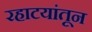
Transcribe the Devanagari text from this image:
रहाटयांतून